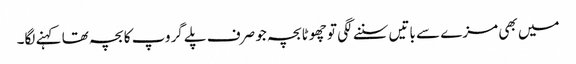
میں بھی مزے سے باتیں سننے لگی تو چھوٹا بچہ جو صرف پلے گروپ کا بچہ تھا کہنے لگا۔